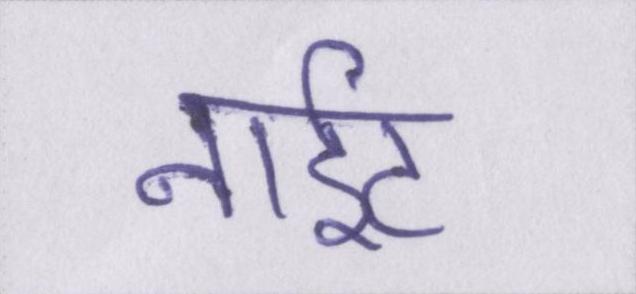
नाईट